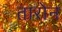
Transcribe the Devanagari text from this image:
तारोन